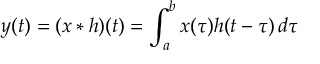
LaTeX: y ( t ) = ( x * h ) ( t ) = \int _ { a } ^ { b } x ( \tau ) h ( t - \tau ) \, d \tau